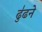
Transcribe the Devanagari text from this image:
ढु॑ढने